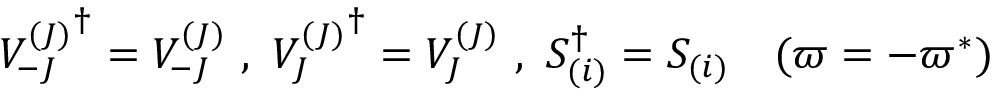
{ V _ { - J } ^ { ( J ) } } ^ { \dag } = V _ { - J } ^ { ( J ) } \ , \ { V _ { J } ^ { ( J ) } } ^ { \dag } = V _ { J } ^ { ( J ) } \ , \ S _ { ( i ) } ^ { \dag } = S _ { ( i ) } \quad ( \varpi = - \varpi ^ { \ast } )